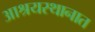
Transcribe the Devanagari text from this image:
आश्रयस्थानात